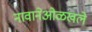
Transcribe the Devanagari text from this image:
नावानेओळखले